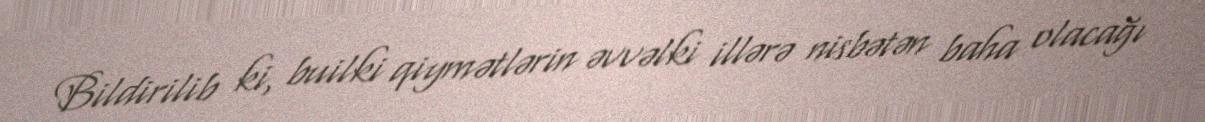
Bildirilib ki, builki qiymətlərin əvvəlki illərə nisbətən baha olacağı